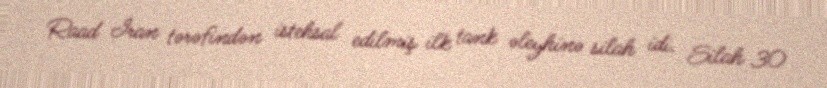
Raad İran tərəfindən istehsal edilmiş ilk tank əleyhinə silah idi. Silah 30